Vaccination United Provinces of Agra and Oudh 1902-1913 - 1902-1913
Year: 1902
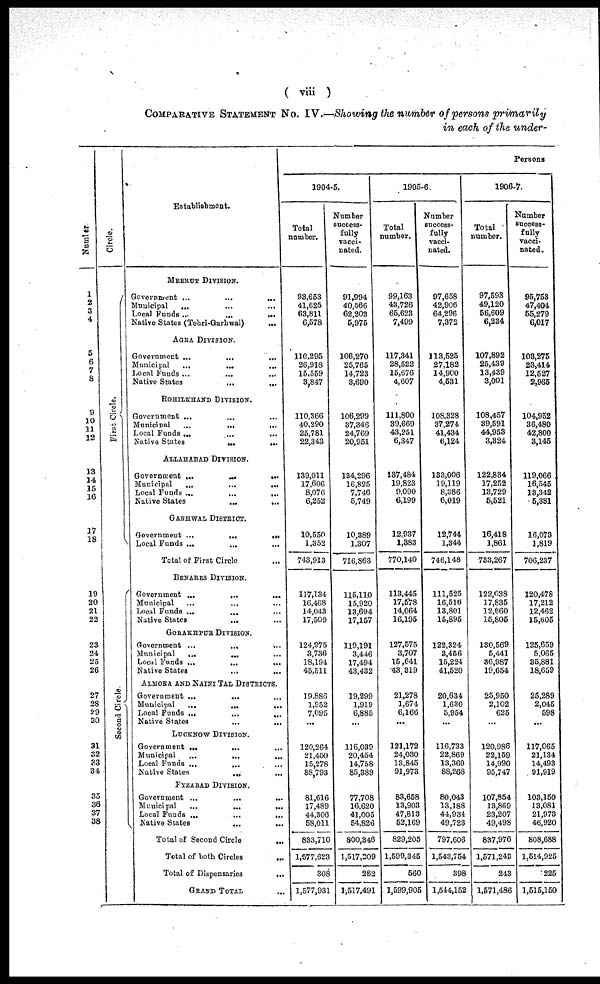
( viii )
COMPARATIVE STATEMENT NO. IV.—Showing the number of persons primarily
in each of the under-
Number
1
2
3
4
5
6
7
8
9
10
11
12
13
14
15
16
17
18
19
20
21
22
23
24
25
26
27
28
29
30
31
32
33
34
35
36
37
38
Circle.
First Circle.
Second Circle.
Establishment.
MEERUT DIVISION.
Government ... ... ...
Municipal ... ... ...
Local Funds
...
...
...
Native States (Tehri-Garhwal) ...
AGRA DIVISION.
Government
...
...
...
Municipal
...
...
...
Local Funds
...
...
...
Native States
...
...
ROHILKHAND DIVISION.
Government ... ... ...
Municipal
...
...
...
Local Funds ... ... ...
Native States
...
...
ALLAHABAD DIVISION.
Government
...
...
...
Municipal
...
...
...
Local Funds
...
...
...
Native States
...
...
GARHWAL DISTRICT.
Government
...
...
...
Local Funds ... ... ...
Total of First Circle ...
BENARES DIVISION.
Government
...
...
...
Municipal ... ... ...
Local Funds ... ... ...
Native States
...
...
GORAKHPUR DIVISION.
Government
...
...
...
Municipal
...
...
...
Local Funds
...
...
...
Native States
...
...
ALMORA AND NAINI TAL DISTRICTS.
Government ... ... ...
Municipal
...
...
...
Local Funds
...
...
...
Native States
...
...
LUCKNOW DIVISION.
Government ... ... ...
Municipal
...
...
...
Local Funds ... ... ...
Native States
...
...
FYZABAD DIVISION.
Government ... ... ...
Municipal
...
...
...
Local Funds
...
...
...
Native States
...
...
Total of Second Circle ...
Total of both Circles ...
Total of Dispensaries
...
GRAND TOTAL ...
Persons
1904-5.
Total
number.
93,653
41,625
63,811
6,578
110,295
26,918
15,559
3,847
110,366
40,290
25,781
22,343
139,011
17,606
8,076
6,252
10,550
1,352
743,913
117,134
16,468
14,043
17,509
124,975
3,736
18,194
45,511
19,886
1,952
7,095
...
120,264
21,450
15,278
88,793
81,616
17,489
44,306
58,011
833,710
1,577,623
308
1,577,931
Number
success-
fully
vacci-
nated.
91,994
40,566
62,203
5,975
106,270
25,765
14,723
3,690
106,299
37,346
24,769
20,951
134,296
16,825
7,746
5,749
10,389
1,307
716,863
115,110
15,920
13,694
17,157
119,191
3,446
17,494
43,432
19,299
1,919
6,885
...
116,039
20,454
14,758
85,389
77,708
16,620
41,005
54,826
800,346
1,517,209
282
1,517,491
1905-6
Total
number.
99,163
43,726
65,623
7,499
117,341
28,522
15,676
4,607
111,800
39,669
43,251
6,347
137,484
19,823
9,090
6,199
12,937
1,383
770,140
113,445
17,578
14,064
16,195
127,575
3,707
15,641
43,319
21,278
1,674
6,166
...
121,172
24,030
13,845
91,973
83,658
13,903
47,813
52,169
829,205
1,599,345
560
1,599,905
Number
success-
fully
vacci-
nated.
97,658
42,906
64,296
7,372
113,525
27,182
14,900
4,531
108,328
37,274
41,434
6,124
133,006
19,119
8,386
6,019
12,744
1,344
746,148
111,525
16,516
13,801
15,895
122,324
3,456
15,224
41,520
20,634
1,630
5,954
...
116,733
22,869
13,369
88,268
80,043
13,188
44,934
49,723
797,606
1,543,754
398
1,544,152
1906-7.
Total
number.
97,593
49,120
56,609
6,234
107,892
25,439
13,439
3,001
108,457
39,591
44,953
3,324
122,834
17,252
13,729
5,521
16,418
1,861
733,267
122,038
17,835
12,660
15,805
130,569
5,441
36,987
19,654
25,950
2,102
625
...
120,986
22,159
14,990
95,747
107,854
13,869
23,207
49,498
837,976
1,571,243
243
1,571,486
Number
success-
fully
vacci-
nated.
95,753
47,404
55,279
6,017
103,275
23,414
12,527
2,965
104,952
36,480
42,800
3,145
119,066
16,545
13,342
5,381
16,073
1,819
706,237
120,478
17,212
12,462
15,605
125,659
5,065
35,881
18,659
25,289
2,045
598
...
117,065
21,134
14,493
91,919
103,150
13,081
21,973
46,920
808,688
1,514,925
225
1,515,150